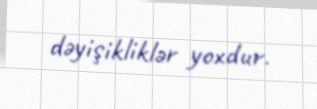
dəyişikliklər yoxdur.